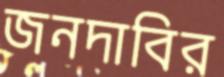
জনদাবির